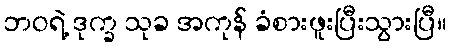
ဘဝရဲ့ ဒုက္ခ သုခ အကုန် ခံစားဖူးပြီးသွားပြီ။